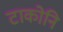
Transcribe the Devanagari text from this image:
टाकोनि